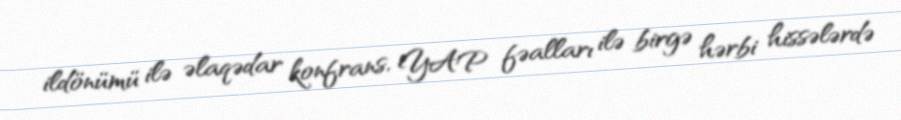
ildönümü ilə əlaqədar konfrans, YAP fəalları ilə birgə hərbi hissələrdə